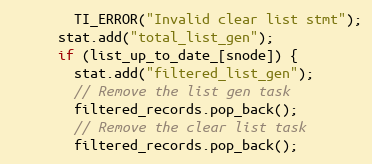
Language: C++
        TI_ERROR("Invalid clear list stmt");
      stat.add("total_list_gen");
      if (list_up_to_date_[snode]) {
        stat.add("filtered_list_gen");
        // Remove the list gen task
        filtered_records.pop_back();
        // Remove the clear list task
        filtered_records.pop_back();